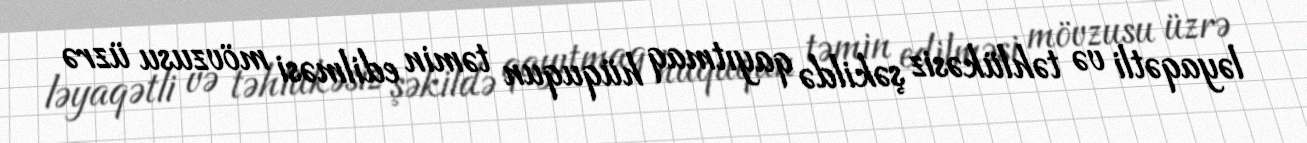
ləyaqətli və təhlükəsiz şəkildə qayıtmaq hüququn təmin edilməsi mövzusu üzrə